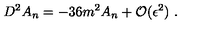
D ^ { 2 } A _ { n } = - 3 6 m ^ { 2 } A _ { n } + { \cal O } ( \epsilon ^ { 2 } ) \ .